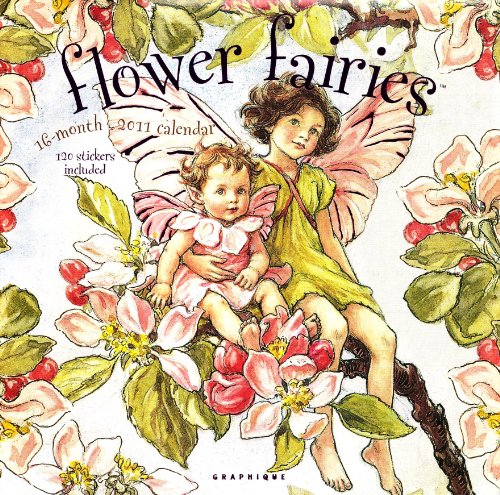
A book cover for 2011  Flower Fairies; Graphique de France; Calendars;